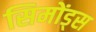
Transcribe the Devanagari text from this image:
सिमोंड्स